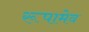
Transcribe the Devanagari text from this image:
रूपामेव